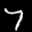
Label: 7